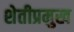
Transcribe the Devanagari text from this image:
शेतीप्रमुख